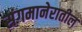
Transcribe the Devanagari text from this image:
संगमानेरातील